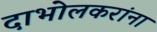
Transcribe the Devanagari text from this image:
दाभोलकरांना